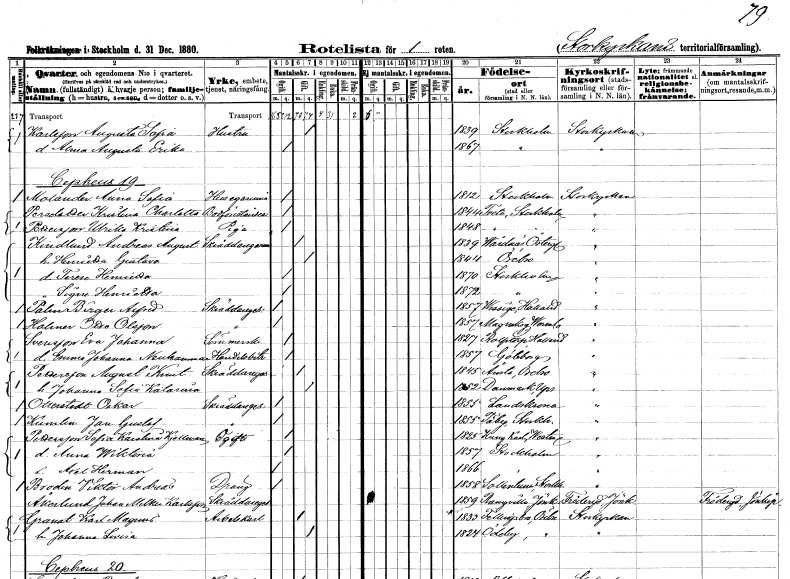
gt_parse: households: individuals: FN: Augusta Sofia
EN: Karlsson
YRKE: Hustru
KON: K
CIV: G
FODAR: 1839
FODFORS: Stockholm
FN: Alma Augusta Erika
KON: K
CIV: O
FODAR: 1867
FODFORS: Stockholm
FN: Anna Sofia
EN: Molander
YRKE: Husägarinna
KON: K
CIV: O
FODAR: 1812
FODFORS: Stockholm
FN: Kristina Charlotta
EN: Persdotter
YRKE: Bodförestånderska
KON: K
CIV: O
FODAR: 1844
FODFORS: Tveta Stockholms län
FN: Ulrika Kristina
EN: Pettersson
YRKE: Piga
KON: K
CIV: O
FODAR: 1848
FODFORS: Tveta Stockholms län
FN: Andreas August
EN: Kindlund
YRKE: Skräddaregesäll
KON: M
CIV: G
FODAR: 1839
FODFORS: Vårdnäs Östergötlands län
FN: Henrietta Gustava
KON: K
CIV: G
FODAR: 1844
FODFORS: Örebro Örebro län
FN: Terese Henrietta
KON: K
CIV: O
FODAR: 1870
FODFORS: Stockholm
FN: Signe Henrietta
KON: K
CIV: O
FODAR: 1872
FODFORS: Stockholm
FN: Birger Alfred
EN: Palm
YRKE: Skräddaregesäll
KON: M
CIV: O
FODAR: 1857
FODFORS: Vessige Hallands län
FN: Otto
EN: Holener Olsson
YRKE: Skräddaregesäll
KON: M
CIV: O
FODAR: 1857
FODFORS: Mangskog Värmlands län
FN: Eva Johanna
EN: Svensson
YRKE: Sömmerska
KON: K
CIV: O
FODAR: 1827
FODFORS: Rolfstorp Hallands län
FN: Emma Johanna
EN: Neuhammar
YRKE: Handelsbiträde
KON: K
CIV: O
FODAR: 1857
FODFORS: Göteborg Göteborgs- och Bohuslän
FN: August Knut
EN: Pettersson
YRKE: Skräddaregesäll
KON: M
CIV: G
FODAR: 1845
FODFORS: Ånsta Örebro län
FN: Johanna Sofia Katarina
KON: K
CIV: G
FODAR: 1852
FODFORS: Danmark Uppsala län
FN: Oskar
EN: Otterstedt
YRKE: Skräddaregesäll
KON: M
CIV: O
FODAR: 1855
FODFORS: Landskrona Malmöhus län
FN: Jan Gustaf
EN: Kumlin
YRKE: Skräddaregesäll
KON: M
CIV: O
FODAR: 1855
FODFORS: Täby Stockholms län
FN: Sofia Karolina
EN: Pettersson Kjellman
KON: K
CIV: O
FODAR: 1825
FODFORS: Kung Karl Västmanlands län
FN: Anna Wiktoria
KON: K
CIV: O
FODAR: 1857
FODFORS: Stockholm
FN: Axel Herman
KON: M
CIV: O
FODAR: 1866
FODFORS: Stockholm
FN: Viktor Andreas
EN: Brodin
YRKE: Dräng
KON: M
CIV: O
FODAR: 1858
FODFORS: Sollentuna Stockholms län
FN: Johan Melker
EN: Åkerlund Karlsson
YRKE: Skräddaregesäll
KON: M
CIV: O
FODAR: 1859
FODFORS: Ramkvilla Jönköpings län
FN: Karl Magnus
EN: Granat
YRKE: Arbetskarl
KON: M
CIV: G
FODAR: 1833
FODFORS: Fellingsbro Örebro län
FN: Johanna Lovisa
KON: K
CIV: G
FODAR: 1824
FODFORS: Ödeby Örebro län